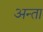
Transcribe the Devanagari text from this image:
अन्ता